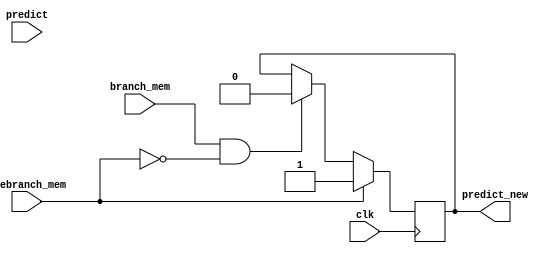
module predict_320(
    input clk,
    input [5:0] branch_mem,
    input usebranch_mem,
    input predict,
    output reg predict_new
);

initial begin
    predict_new=0;
end

always@(negedge clk) begin
    if(usebranch_mem) predict_new=1;
    else if(branch_mem&&usebranch_mem==0) predict_new=0;
end

endmodule